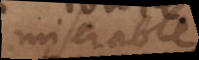
miserable